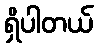
ရှိပါတယ်